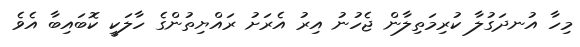
މިހާ އުނދަގުލާ ކުރިމަތިލާން ޖެހުނު އިރު އެރަށު ރައްޔިތުންގެ ހާލަކީ ކޮބައިބާ އެވެ